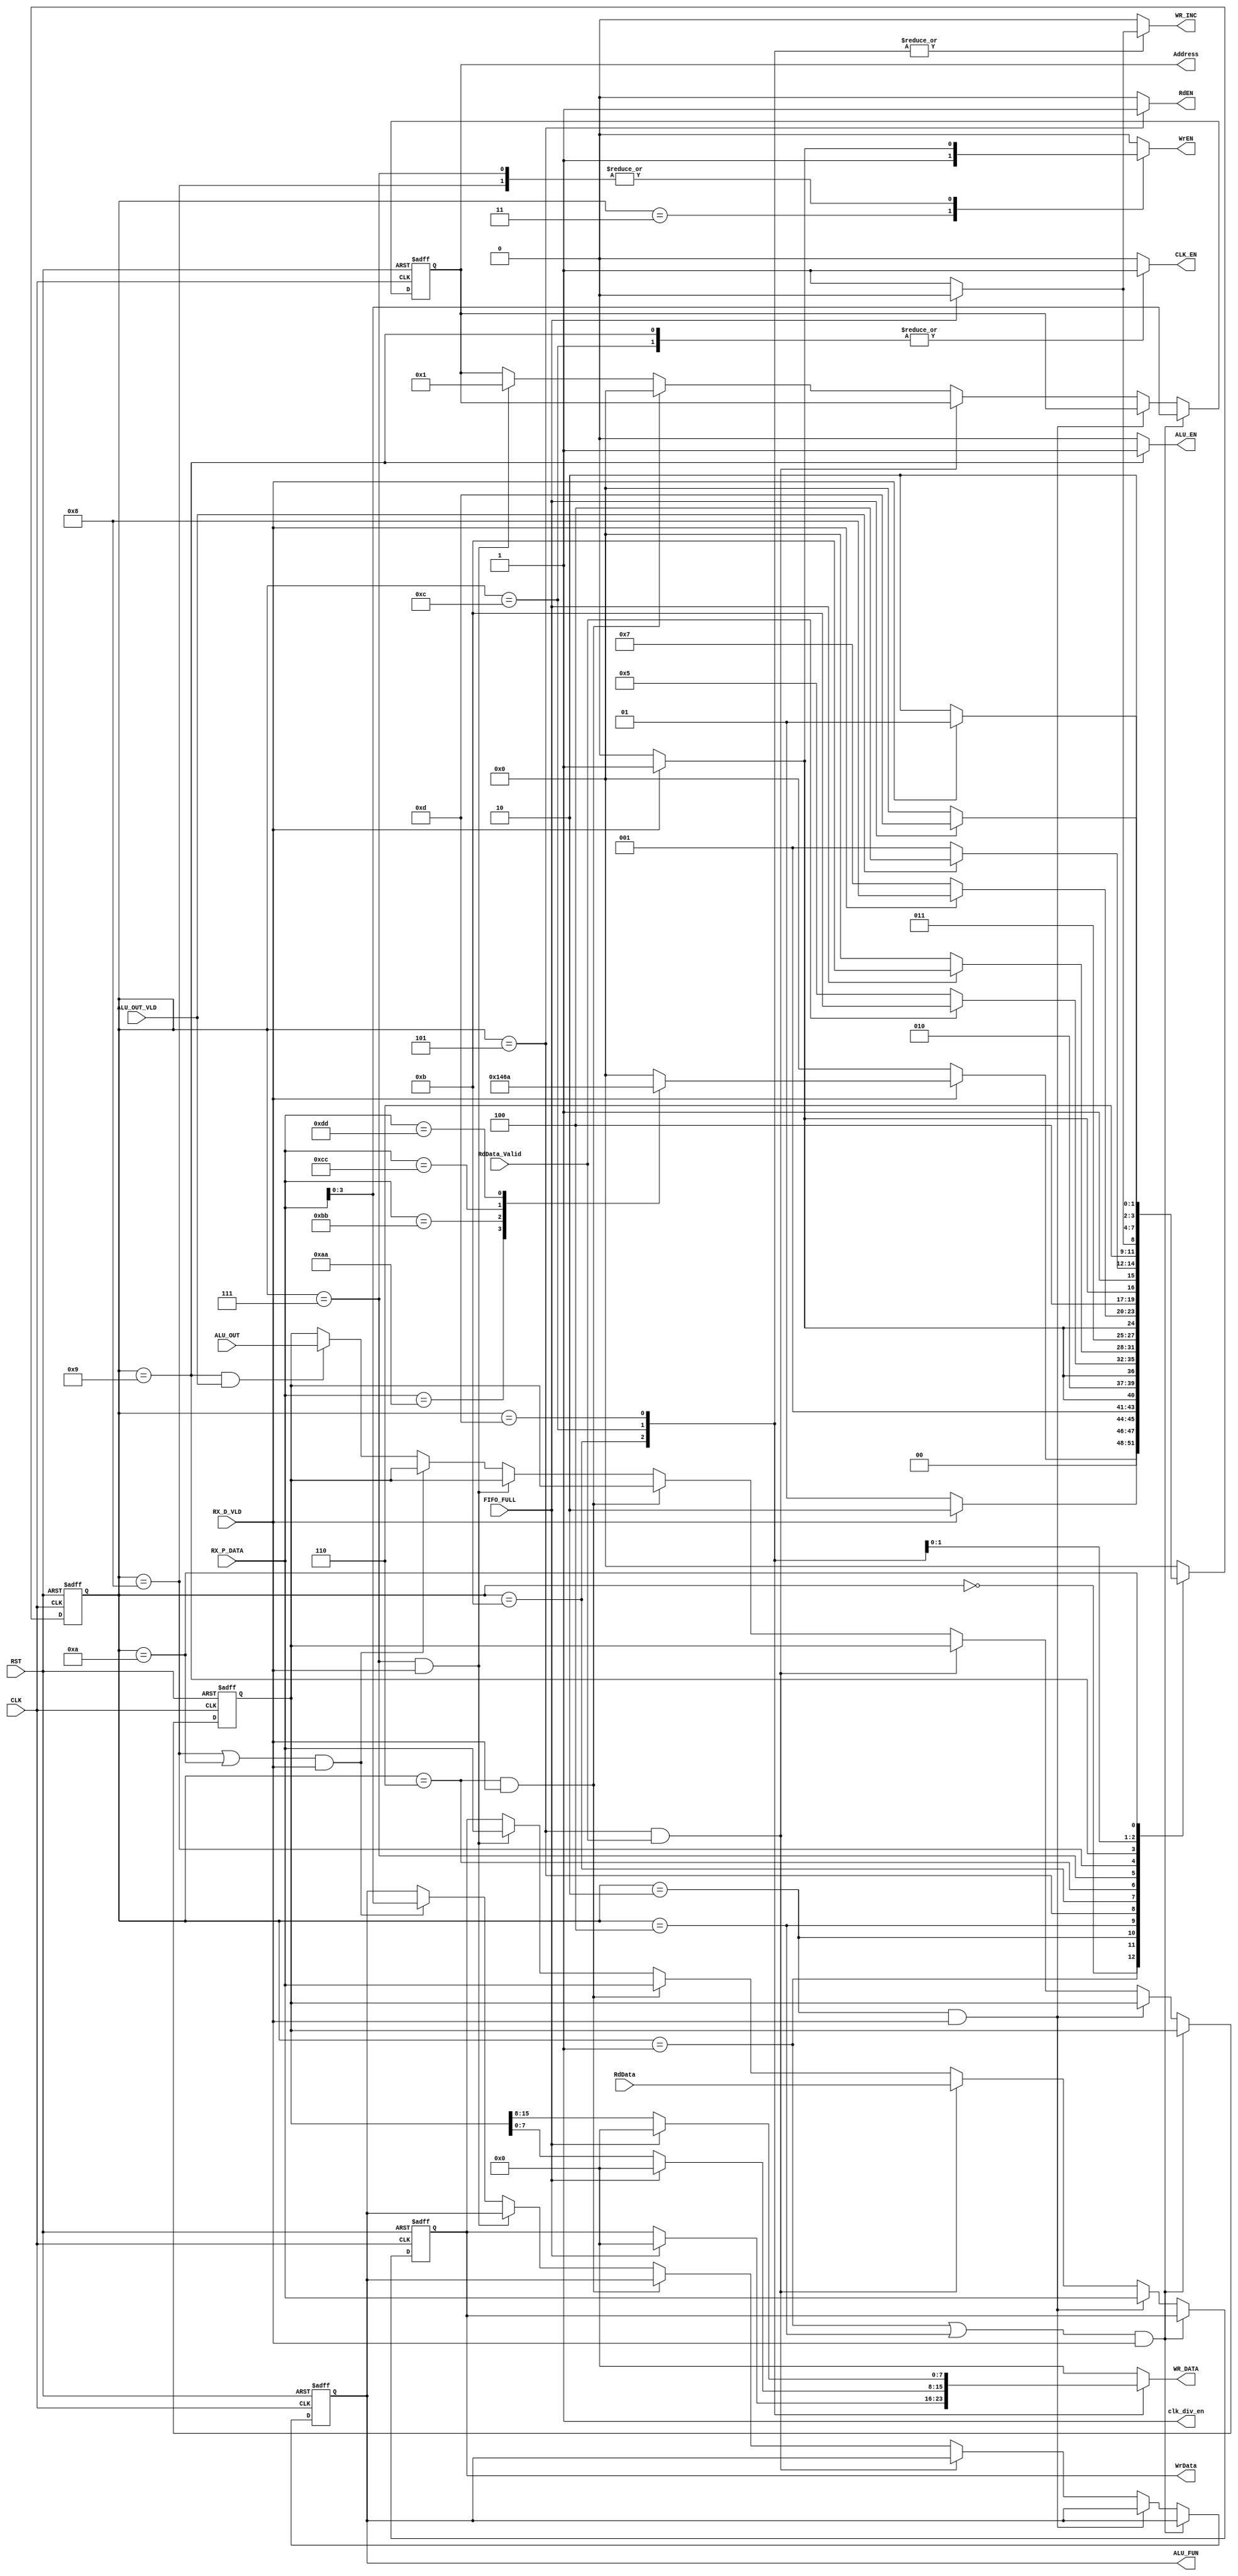

module SYS_CTRL #(
	parameter DATA_WIDTH = 8,
	parameter ADDR_WIDTH = 4
	)
(
	///////////////////////// INPUTS //////////////////////////
	input		wire							CLK,
	input		wire							RST,
	input		wire							ALU_OUT_VLD,
	input		wire	[2*DATA_WIDTH-1:0]		ALU_OUT,
	input		wire	[DATA_WIDTH-1:0]		RX_P_DATA,
	input		wire							RX_D_VLD,
	input		wire	[DATA_WIDTH-1:0]		RdData,
	input		wire							RdData_Valid,
	input		wire							FIFO_FULL,
	///////////////////////// OUTPUTS //////////////////////////
	output		reg								ALU_EN,
	output		reg		[3:0]					ALU_FUN,
	output		reg								CLK_EN,
	output		reg		[ADDR_WIDTH-1:0]		Address,
	output		reg								WrEN,
	output		reg								RdEN,
	output		reg		[DATA_WIDTH-1:0]		WrData,
	output		reg		[DATA_WIDTH-1:0]		WR_DATA,
	output		reg								WR_INC,
	output		reg								clk_div_en
);


///////////////////////////////////////////////////
//////////////////// Commands /////////////////////
///////////////////////////////////////////////////

localparam	[7:0]	RF_Wr_CMD 			=	'hAA,
					RF_Rd_CMD 			=	'hBB,
					ALU_OPER_W_OP_CMD 	=	'hCC,
					ALU_OPER_W_NOP_CMD 	=	'hDD;



///////////////////////////////////////////////////
/////////////////// FSM States ////////////////////
///////////////////////////////////////////////////

localparam	[3:0]	IDLE				=	'b0000,
					RF_Wr_CMD_F1		=	'b0001,
					RF_Wr_CMD_F2		=	'b0010,
					RF_Wr_OP			=	'b0011,
					RF_Rd_CMD_F1		=	'b0100,
					RF_Rd_OP			=	'b0101,
					ALU_OPER_CMD_F1		=	'b0110,
					ALU_OPER_CMD_F2		=	'b0111,
					ALU_OPER_CMD_F3		=	'b1000,
					ALU_OP				=	'b1001,
					ALU_OPER_NOP_F1		=	'b1010,
					FIFO_Wr				=	'b1011,
					FIFO_ALU_F0 		=	'b1100,
					FIFO_ALU_F1         =   'b1101;




reg		[3:0]		current_state,
						next_state;


///////////////////////////////////////////////////
/////////// Internal Storage Elements /////////////
///////////////////////////////////////////////////

//reg		[DATA_WIDTH-1:0] 	OP_A,
//							OP_B;

reg		[2*DATA_WIDTH-1:0]	ALU_OUT_reg;







// Next State Logic
always@(posedge CLK or negedge RST ) begin
	if(!RST) begin
		current_state	<=	IDLE;
	end
	else begin
		current_state	<=	next_state;
	end
end



// FSM	Logic
always @(*) begin
	
ALU_EN 			=	'b0;
//ALU_FUN 		=	'b0;
CLK_EN 			=	'b0;
//Address 		=	'b0;
WrEN 			=	'b0;
RdEN 			=	'b0;
//WrData 			=	'b0;
WR_DATA 		=	'b0;
WR_INC			=	'b0;
clk_div_en		=	'b1;
next_state		=	IDLE;


	case(current_state)

	IDLE	:	begin
		if(RX_D_VLD) begin	// Frame 0 came
			case(RX_P_DATA)
			RF_Wr_CMD 				:	next_state	=	RF_Wr_CMD_F1;
			RF_Rd_CMD 				:	next_state	=	RF_Rd_CMD_F1;
			ALU_OPER_W_OP_CMD 		:	next_state	=	ALU_OPER_CMD_F1;
			ALU_OPER_W_NOP_CMD 		:	next_state	=	ALU_OPER_NOP_F1;

			default					:	next_state	=	IDLE;

			endcase
		end

		else begin
			next_state	=	IDLE;
		end

	end


	RF_Wr_CMD_F1	:	begin
		
		if(RX_D_VLD) begin  // Frame 1 came
			next_state	=	RF_Wr_CMD_F2;
		end

		else begin
			next_state	=	RF_Wr_CMD_F1;
		end
	end

	RF_Wr_CMD_F2	:	begin
		
		if(RX_D_VLD) begin  // Frame 2 came
			next_state	=	RF_Wr_OP;
		end

		else begin
			next_state	=	RF_Wr_CMD_F2;
		end
	end

	RF_Wr_OP		:	begin   //doing write operation in RegFile

		WrEN 			=	'b1;
		next_state		=	IDLE;  // RegFile Write Command Completed
	end


	RF_Rd_CMD_F1	:	begin
		if(RX_D_VLD) begin  // Frame 1 came
			next_state	=	RF_Rd_OP;
		end

		else begin
			next_state	=	RF_Rd_CMD_F1;
		end
	end

	RF_Rd_OP		:	begin   //doing read operation in RegFile

		RdEN 				=	'b1;
		if(RdData_Valid) begin // reading data from RegFile
			next_state		=	FIFO_Wr;  
		end
		else begin
			next_state		=	RF_Rd_OP;
		end

	end


	FIFO_Wr 		:	begin
		
		if(!FIFO_FULL) begin
			WR_INC		=	'b1;
			WR_DATA 	=	WrData;
			next_state	=	IDLE;   // RegFile Read Command Completed
		end
		else begin
			next_state 	=	FIFO_Wr; 	
		end
	end


	ALU_OPER_CMD_F1	:	begin
		if(RX_D_VLD) begin  // Frame 1 came
			next_state	=	ALU_OPER_CMD_F2;
		end

		else begin
			next_state	=	ALU_OPER_CMD_F1;
		end

	end

	ALU_OPER_CMD_F2	:	begin
		if(RX_D_VLD) begin  // Frame 2 came
			next_state	=	ALU_OPER_CMD_F3;
			WrEN 		=	'b1;  // write OPA in REG[0] 

		end

		else begin
			next_state	=	ALU_OPER_CMD_F2;
		end

	end


	ALU_OPER_CMD_F3	:	begin
		if(RX_D_VLD) begin  // Frame 3 came
			next_state	=	ALU_OP;
			WrEN 		=	'b1;  // write OPB in REG[1] 
		end

		else begin
			next_state	=	ALU_OPER_CMD_F3;
		end

	end

	ALU_OP 		:	begin
		CLK_EN 		=	'b1;
		ALU_EN 		=	'b1;
		if(ALU_OUT_VLD) begin   // output of alu = 16 bits ,so we need to take 2 frames
			next_state = FIFO_ALU_F0;
		end
		else begin
			next_state = ALU_OP;
		end
	end	

	FIFO_ALU_F0 	:	begin
		CLK_EN 		=	'b1;
		if(!FIFO_FULL) begin
			WR_INC		=	'b1;
			WR_DATA 	=	ALU_OUT_reg[DATA_WIDTH-1:0];
			next_state	=	FIFO_ALU_F1;   
		end
		else begin
			next_state 	=	FIFO_ALU_F0; 	
		end
	end

	FIFO_ALU_F1 	:	begin
		if(!FIFO_FULL) begin
			WR_INC		=	'b1;
			WR_DATA 	=	ALU_OUT_reg[2*DATA_WIDTH-1:DATA_WIDTH];
			next_state	=	IDLE;   // ALU_OPerations Commands Completed
		end
		else begin
			next_state 	=	FIFO_ALU_F1; 	
		end
	end

	ALU_OPER_NOP_F1	:	begin
		if(RX_D_VLD) begin  // Frame 1 came
			next_state	=	ALU_OP; 
		end

		else begin
			next_state	=	ALU_OPER_NOP_F1;
		end
	end

	




	default	:	begin
		ALU_EN 			=	'b0;
		//ALU_FUN 		=	'b0;
		CLK_EN 			=	'b0;
		//Address 		=	'b0;
		WrEN 			=	'b0;
		RdEN 			=	'b0;
		//WrData 			=	'b0;
		WR_DATA 		=	'b0;
		WR_INC			=	'b0;
		clk_div_en		=	'b1;
		next_state		=	IDLE;
	end

	endcase
end


///////////////////////////////////////////////////
//////////////// Storage Elements /////////////////
///////////////////////////////////////////////////

always@(posedge CLK or negedge RST) begin
	if(!RST) begin
		WrData 			<=	'b0;
		Address 		<=	'b0;
		//OP_A			<=	'b0;
		//OP_B			<=	'b0;
		ALU_FUN 		<=	'b0;
		ALU_OUT_reg 	<=	'b0;
	end
	else begin
		if((current_state==RF_Wr_CMD_F1 || current_state == RF_Rd_CMD_F1) && RX_D_VLD) begin
			Address		<=	RX_P_DATA;
		end
		else if(current_state==RF_Wr_CMD_F2 && RX_D_VLD) begin
			WrData		<=	RX_P_DATA;
		end
		else if(current_state==RF_Rd_OP && RdData_Valid) begin
			WrData		<=	RdData;   // stores data read from RF to send it to FIFO
		end
		else if(current_state==ALU_OPER_CMD_F1 && RX_D_VLD) begin
			WrData		<=	RX_P_DATA;
			Address		<=	'b0;		// REG[0]   
		end
		else if(current_state==ALU_OPER_CMD_F2 && RX_D_VLD) begin
			WrData		<=	RX_P_DATA;
			Address		<=	'b1;		// REG[1]   
		end
		else if( (current_state==ALU_OPER_CMD_F3 || current_state==ALU_OPER_NOP_F1) && RX_D_VLD) begin
			ALU_FUN 	<=	RX_P_DATA;   
		end
		else if(current_state==ALU_OP && ALU_OUT_VLD) begin
			ALU_OUT_reg <=	ALU_OUT;   
		end
	end

end


endmodule